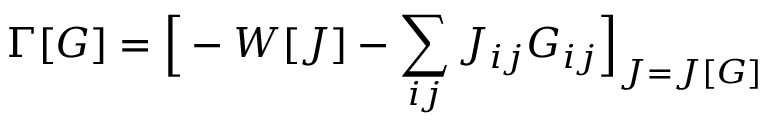
\Gamma [ G ] = { \Big [ } - W [ J ] - \sum _ { i j } J _ { i j } G _ { i j } { \Big ] } _ { J = J [ G ] }